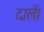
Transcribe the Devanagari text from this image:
दालें।